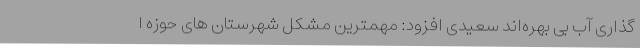
گذاری آب بی بهره‌اند سعیدی افزود: مهمترین مشکل شهرستان های حوزه ا